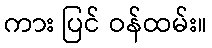
ကား ပြင် ဝန်ထမ်း။